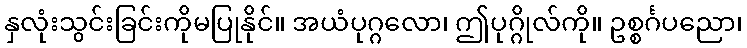
နှလုံးသွင်းခြင်းကိုမပြုနိုင်။ အယံပုဂ္ဂလော၊ ဤပုဂ္ဂိုလ်ကို။ ဥစ္စင်္ဂပညော၊